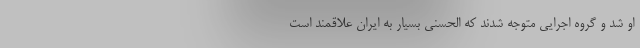
او شد و گروه اجرایی متوجه شدند که الحسنی بسیار به ایران علاقمند است